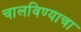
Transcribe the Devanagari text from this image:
चालविण्‍याचा